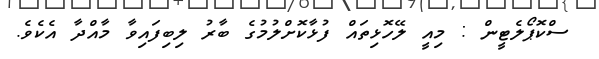
ސްކޮޕޯލެޓީން : މިއީ ލޭހޮޅިތައް ފުޅާކޮށްލުމުގެ ބާރު ލިބިފައިވާ މާއްދާ އެކެވެ.